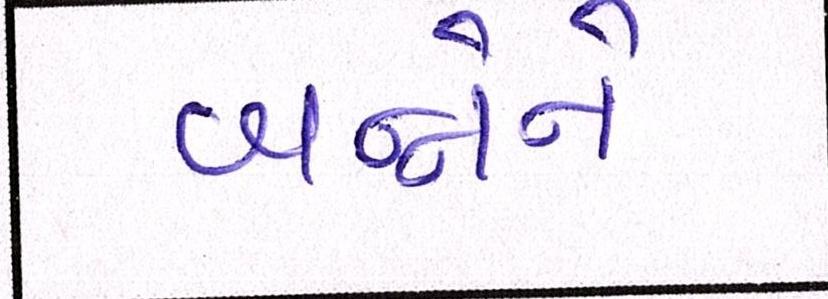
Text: બન્નેને